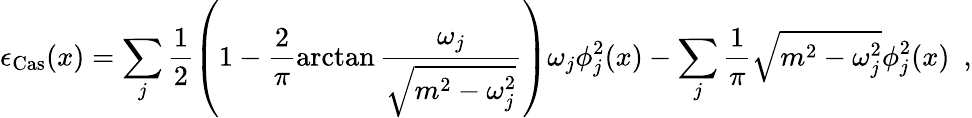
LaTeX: \epsilon_{\mathrm{Cas}}(x)=\sum_{j}\frac{1}{2}\left(1-\frac{2}{\pi}\arctan\frac{\omega_{j}}{\sqrt{m^{2}-\omega_{j}^{2}}}\right)\omega_{j}\phi_{j}^{2}(x)-\sum_{j}\frac{1}{\pi}\sqrt{m^{2}-\omega_{j}^{2}}\phi_{j}^{2}(x)\ \ ,